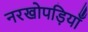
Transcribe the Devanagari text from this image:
नरखोपड़ियाँ